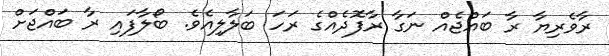
ރާވެރިޔާ ރާ ބައްޖެއް ނަގާ ރާފޮދެއްގެ ރަހަ ބަލާލިއެވެ. ބޯލާފައި ރާ ބައްޖަށް